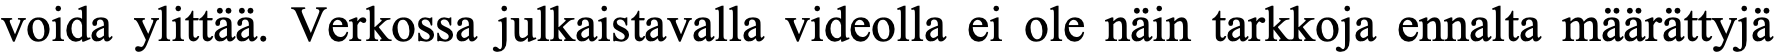
voida ylittää. Verkossa julkaistavalla videolla ei ole näin tarkkoja ennalta määrättyjä